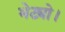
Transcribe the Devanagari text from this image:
भेट्यो।